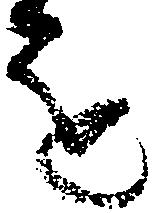
を